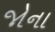
જોના